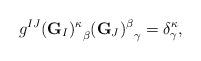
LaTeX: \begin{align*}g^{IJ} {({\bf G}_I)^\kappa}_\beta {({\bf G}_J)^\beta}_\gamma=\delta^\kappa_\gamma,\end{align*}